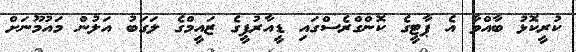
ކުރީކޮޅު ބާއްވާ އެ ޕާޓީގެ ކޮންގްރެސްގައި ޑީއާރުޕީގެ ޒައީމްގެ ލަގަބު އަލުން މައުމޫނަށް